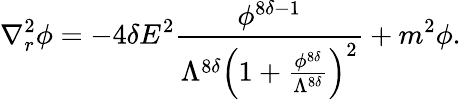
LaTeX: \nabla_{r}^{2}\phi=-4\delta E^{2}\frac{\phi^{8\delta-1}}{\Lambda^{8\delta}\left(1+\frac{\phi^{8\delta}}{\Lambda^{8\delta}}\right)^{2}}+m^{2}\phi.